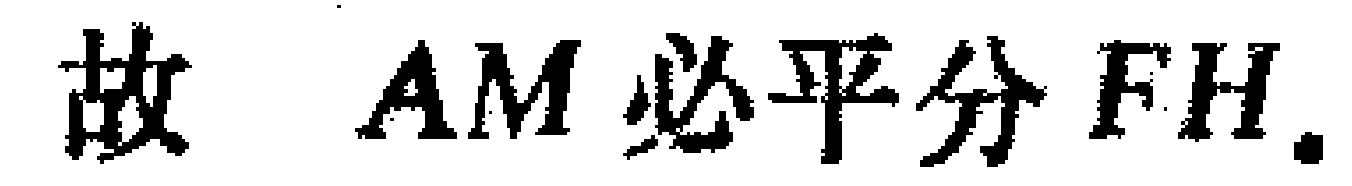
故 \(AM\) 必平分 \(FH\).